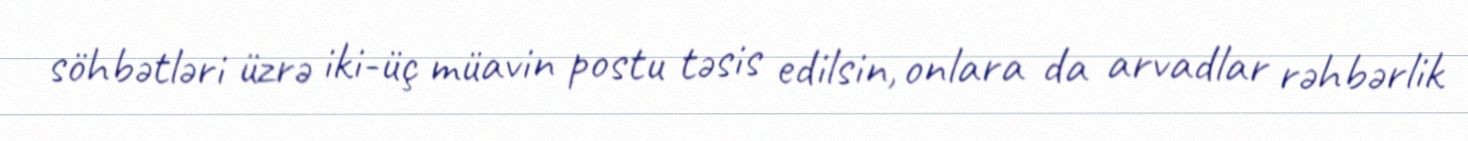
söhbətləri üzrə iki-üç müavin postu təsis edilsin, onlara da arvadlar rəhbərlik